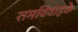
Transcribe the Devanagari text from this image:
रामविवाहके